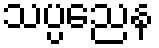
သပ္ပညေန